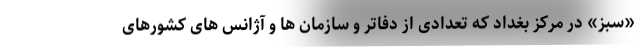
«سبز» در مرکز بغداد که تعدادی از دفاتر و سازمان ها و آژانس های کشورهای